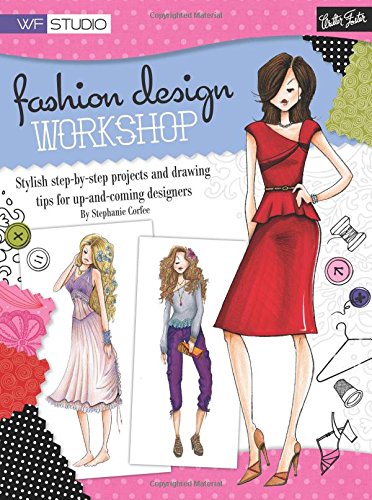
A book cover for Fashion Design Workshop: Stylish step-by-step projects and drawing tips for up-and-coming designers (Walter Foster Studio); Stephanie Corfee; Arts & Photography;